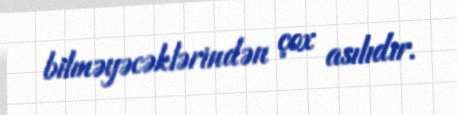
bilməyəcəklərindən çox asılıdır.